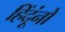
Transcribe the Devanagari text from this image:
हिंदूंनो